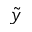
\tilde { y }